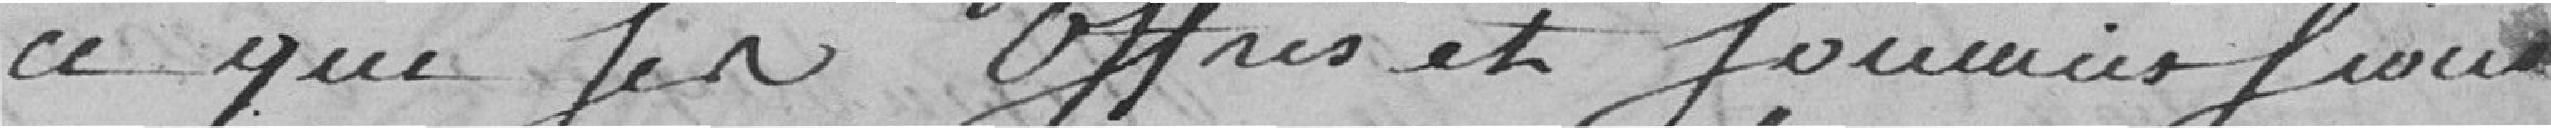
ce que les offres et Soumises Soient